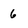
Character: 6